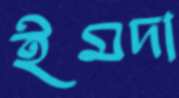
ইমদা